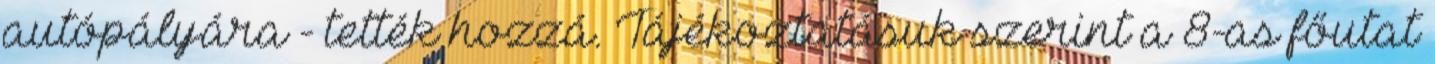
autópályára - tették hozzá. Tájékoztatásuk szerint a 8-as főutat